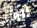
لطف